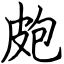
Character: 皰